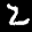
Label: 2